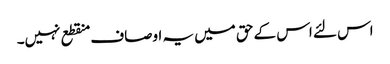
اس لئے اس کے حق میں یہ اوصاف منقطع نہیں۔